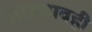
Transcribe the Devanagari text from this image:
जोडनावही